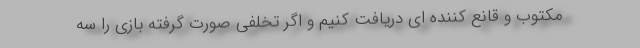
مکتوب و قانع کننده ای دریافت کنیم و اگر تخلفی صورت گرفته بازی را سه